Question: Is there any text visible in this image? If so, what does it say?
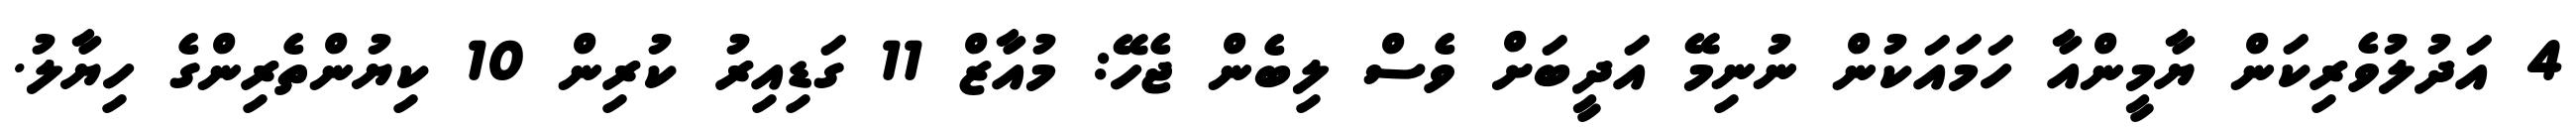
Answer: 4 އަދުލުވެރިކަން ޔާމީންއާ ހަމައަކުން ނުނިމޭ އަދީބަށް ވެސް ލިބެން ޖެހޭ: މުއާޒް 11 ގަޑިއިރު ކުރިން 10 ކިޔުންތެރިންގެ ހިޔާލު.